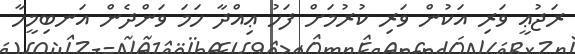
ރަޖުޢީ ވަރި އަކުން ވަރި ކުރުމަށް ފަހު ޢިއްދާ ހަމަ ވަންދެން އަނބިމީހާ